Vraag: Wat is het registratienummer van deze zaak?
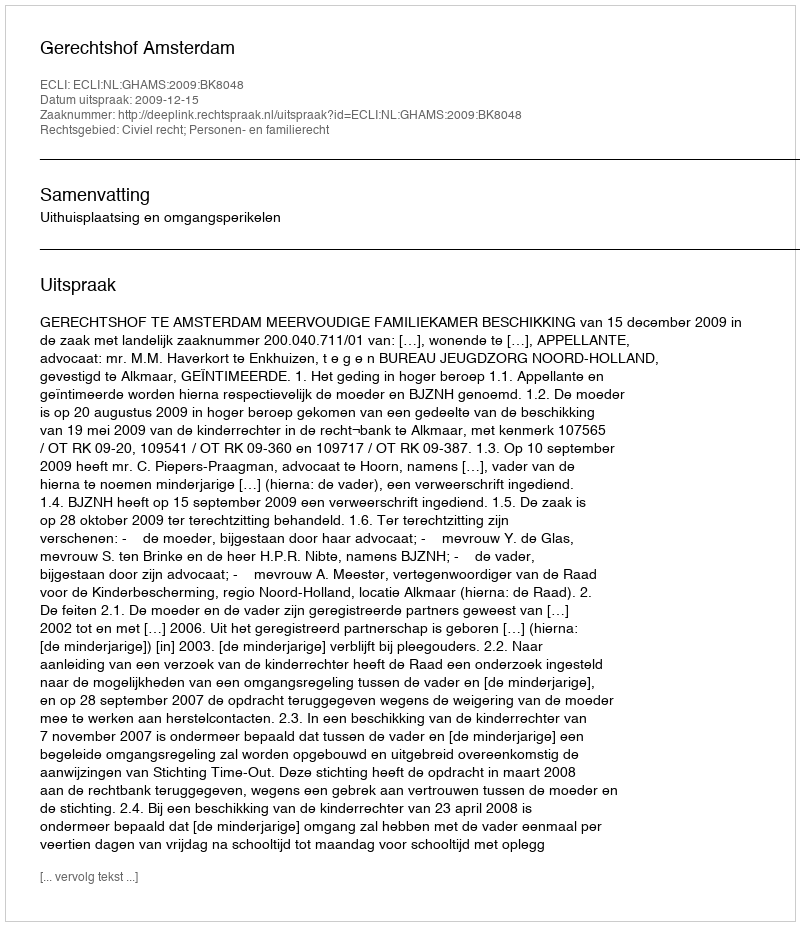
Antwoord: http://deeplink.rechtspraak.nl/uitspraak?id=ECLI:NL:GHAMS:2009:BK8048